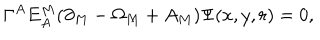
\Gamma ^ { A } E _ { A } ^ { M } ( \partial _ { M } - \Omega _ { M } + A _ { M } ) \Psi ( x , y , r ) = 0 ,